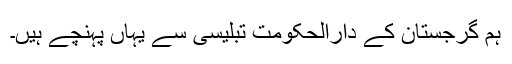
ہم گرجستان کے دارالحکومت تبلیسی سے یہاں پہنچے ہیں۔